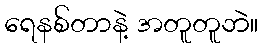
ရေနစ်တာနဲ့ အတူတူဘဲ။